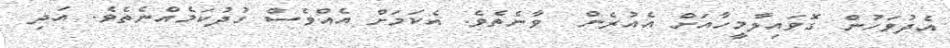
އެދުވަހުން ގޮވައިލާމީހާއަށް އެއުރެން  ވާނެތެވެ. އެކަމަށް އެއްވެސް ގުދުކަމެއްނެތެވެ. އަދި